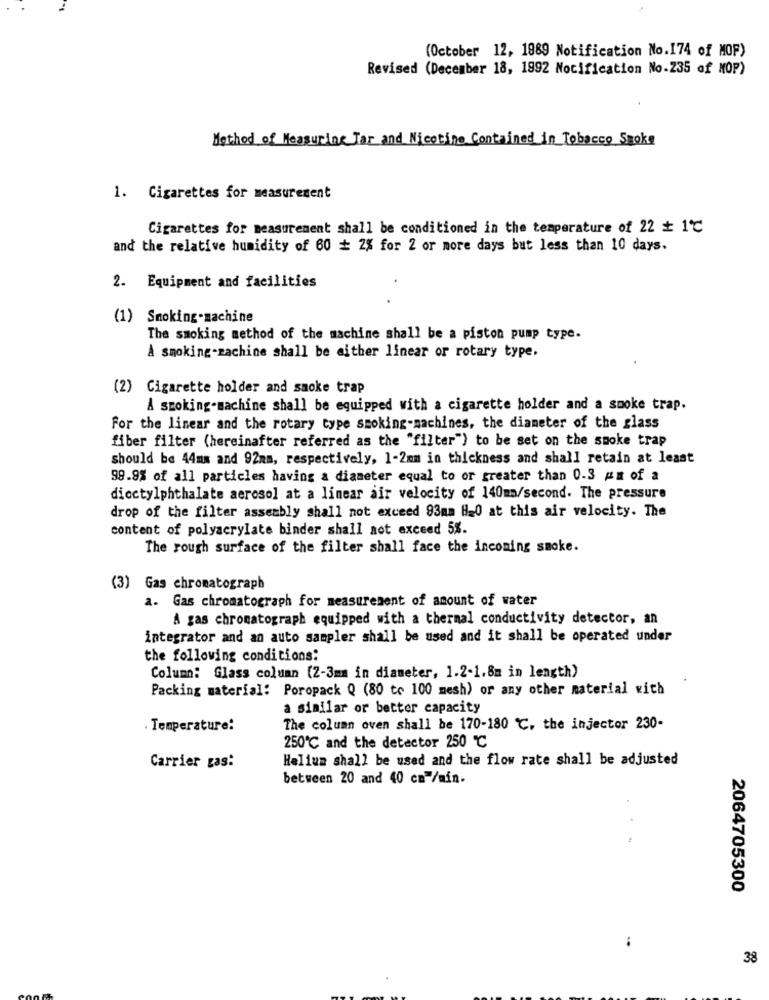
(October 12, 1989 Notification No.174 of MOF)
Revised (December 18, 1992 Notification No.235 of MOP)
Method of Measuring Tar and Nicotine Contained in Tobacco Smoke
1. Cigarettes for measurement
Cigarettes for measurement shall be conditioned in the temperature of 22 + 1℃
and the relative humidity of 60 + 2% for 2 or more days but less than 10 days.
2. Equipment and facilities
(1) Smoking-machine
The smoking method of the machine shall be a piston pump type.
& smoking-machine shall be aither linear or rotary type.
(2) Cigarette holder and smoke trap
& smoking-machine shall be equipped with a cigarette holder and a smoke trap.
For the linear and the rotary type smoking-machines, the diameter of the glass
fiber filter (hereinafter referred as the "filter") to be set on the smoke trap
should be 44mm and 92mm, respectively, 1-2mm in thickness and shall retain at least
99.9% of all particles having a diameter equal to or greater than 0.3 #m of a
dioctylphthalate aerosol at a linear air velocity of 140ma/second. The pressure
drop of the filter assembly shall not exceed 93mm H20 at this air velocity. The
content of polyacrylate binder shall not exceed 5%.
The rough surface of the filter shall face the incoming smoke.
(3) Gas chromatograph
a. Gas chromatograph for measurement of amount of water
A gas chromatograph equipped with a thermal conductivity detector, an
integrator and an auto sampler shall be used and it shall be operated under
the following conditions:
Column: Glass column (2-3mm in diameter, 1.2-1.8m in length)
Packing material: Poropack Q (80 to 100 mesh) or any other material with
a similar or better capacity
Temperature:
The column oven shall be 170-180 ℃, the injector 230-
250℃ and the detector 250 ℃
Helium shall be used and the flow rate shall be adjusted
Carrier gas:
between 20 and 40 cm-/min.
2064705300
..
38